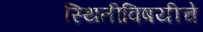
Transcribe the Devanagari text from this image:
स्थितीविषयीचे